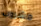
مشروب